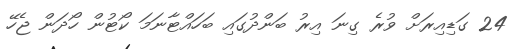
24 ގަޑިއިރަށް ވުރެ ގިނަ އިރު ބަންދުގައި ބަހައްޓާނަމަ ކޯޓުން ހޯދަން ޖެހޭ